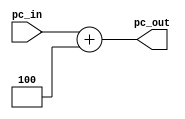
module pc_adder(
    input [31:0] pc_in,
    output [31:0] pc_out
);
    assign pc_out = pc_in + 32'd4;

endmodule